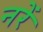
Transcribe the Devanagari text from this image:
नरें